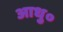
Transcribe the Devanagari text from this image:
आधु०